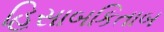
હિસાબકિતાબ